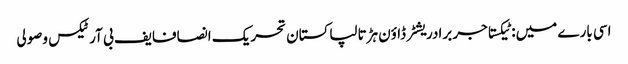
اسی بارے میں: ٹیکستاجر برادریشٹر ڈاؤن ہڑتالپاکستان تحریک انصافایف بی آرٹیکس وصولی